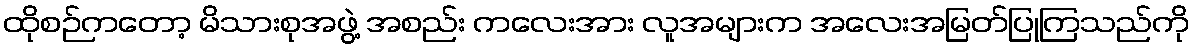
ထိုစဉ်ကတော့ မိသားစုအဖွဲ့ အစည်း ကလေးအား လူအများက အလေးအမြတ်ပြုကြသည်ကို